Source: Computer-generated
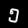
Digit: ၅ (5)